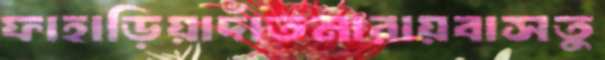
ফাহাড়িয়াদাঁতমারায়বাসতু